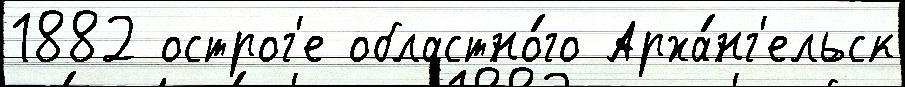
1882 острог'е областно́го Арха́нг'ельск